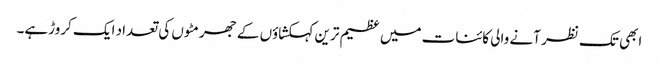
ابھی تک نظر آنے والی کائنات میں عظیم ترین کہکشاؤں کے جھرمٹوں کی تعداد ایک کروڑہے۔